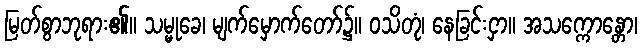
မြတ်စွာဘုရား၏။ သမ္မုခေ၊ မျက်မှောက်တော်၌။ ဝသိတုံ၊ နေခြင်းငှာ။ အသက္ကောန္တော၊